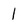
Character: 1